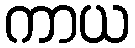
ကာယ